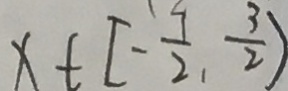
x \in [ - \frac { 7 } { 2 } , \frac { 3 } { 2 } )